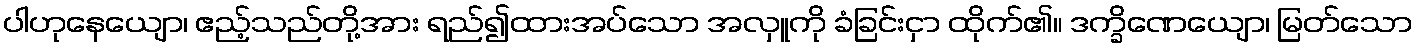
ပါဟုနေယျော၊ ဧည့်သည်တို့အား ရည်၍ထားအပ်သော အလှူကို ခံခြင်းငှာ ထိုက်၏။ ဒက္ခိဏေယျော၊ မြတ်သော